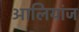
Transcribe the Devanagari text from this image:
आलियांज